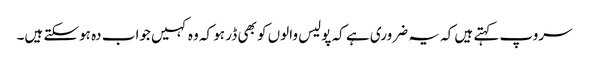
سروپ کہتے ہیں کہ یہ ضروری ہے کہ پولیس والوں کو بھی ڈر ہو کہ وہ کہیں جواب دہ ہوسکتے ہیں۔